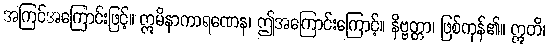
အကြင်အကြောင်းဖြင့်။ ဣမိနာကာရဏေန၊ ဤအကြောင်းကြောင့်။ နိဗ္ဗတ္တာ၊ ဖြစ်ကုန်၏။ ဣတိ၊